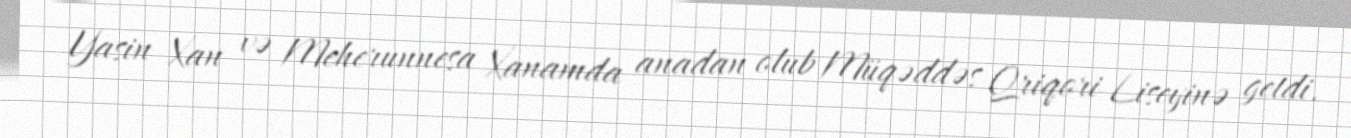
Yasin Xan və Meherunnesa Xanamda anadan olub Müqəddəs Qriqori Liseyinə getdi.